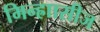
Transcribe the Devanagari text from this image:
मिन्ह्राासीज